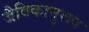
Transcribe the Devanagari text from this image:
जैविकानुरूप